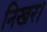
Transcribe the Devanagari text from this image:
निखर।